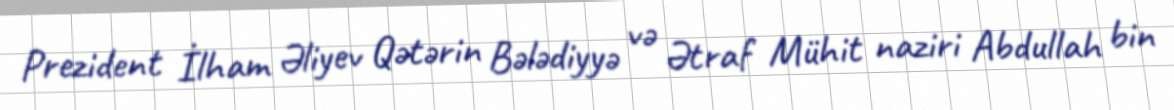
Prezident İlham Əliyev Qətərin Bələdiyyə və Ətraf Mühit naziri Abdullah bin